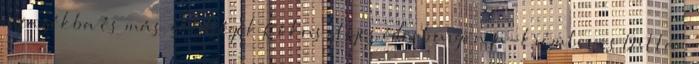
a fazékba és más zöldségek Kókusztejes édesburgonya-krémleves Ditta :